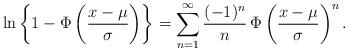
LaTeX: \begin{align*}\ln\left\{1-\Phi\left( \frac{x-\mu}{\sigma}\right)\right\}=\sum_{n=1}^{\infty}\frac{(-1)^n}{n}\,\Phi\left( \frac{x-\mu}{\sigma}\right)^n.\end{align*}